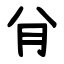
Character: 䏌